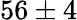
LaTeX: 56\pm 4